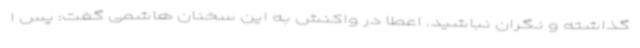
گذاشته و نگران نباشید. اعطا در واکنش به این سخنان هاشمی گفت: پس ا